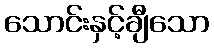
သောင်းနှင့်ချီသော